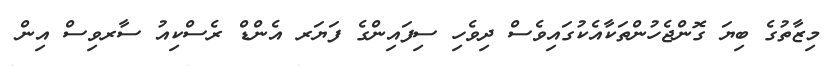
މިޒާތުގެ ބިޔަ ގޮންޖެހުންތަކާއެކުގައިވެސް ދިވެހި ސިފައިންގެ ފަޔަރ އެންޑް ރެސްކިއު ސާރވިސް އިން